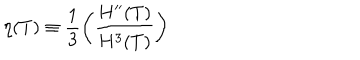
\eta ( T ) \equiv \frac { 1 } { 3 } \bigg ( \frac { H ^ { \prime \prime } ( T ) } { H ^ { 3 } ( T ) } \bigg )